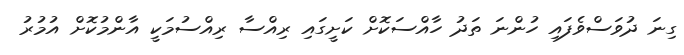
ގިނަ ދުވަސްވެފައި ހުންނަ ތަދު ހާއްސަކޮށް ކަށީގައި ރިއްސާ ރިއްސުމަކީ އާންމުކޮށް އުމުރު